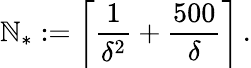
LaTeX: \mathbb{N}_{*}:=\biggl\lceil\frac{1}{{\delta^{2}}}+\frac{{500}}{{\delta}}\biggr\rceil\, .